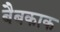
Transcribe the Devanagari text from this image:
बैबकाक